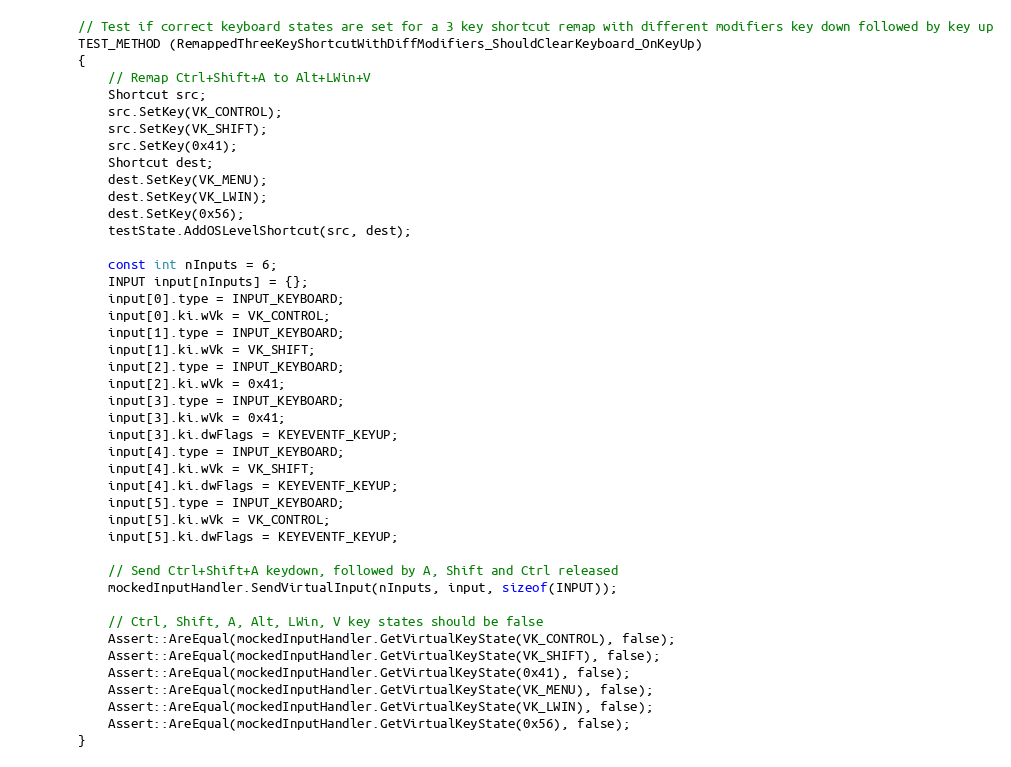
Language: C++
        // Test if correct keyboard states are set for a 3 key shortcut remap with different modifiers key down followed by key up
        TEST_METHOD (RemappedThreeKeyShortcutWithDiffModifiers_ShouldClearKeyboard_OnKeyUp)
        {
            // Remap Ctrl+Shift+A to Alt+LWin+V
            Shortcut src;
            src.SetKey(VK_CONTROL);
            src.SetKey(VK_SHIFT);
            src.SetKey(0x41);
            Shortcut dest;
            dest.SetKey(VK_MENU);
            dest.SetKey(VK_LWIN);
            dest.SetKey(0x56);
            testState.AddOSLevelShortcut(src, dest);

            const int nInputs = 6;
            INPUT input[nInputs] = {};
            input[0].type = INPUT_KEYBOARD;
            input[0].ki.wVk = VK_CONTROL;
            input[1].type = INPUT_KEYBOARD;
            input[1].ki.wVk = VK_SHIFT;
            input[2].type = INPUT_KEYBOARD;
            input[2].ki.wVk = 0x41;
            input[3].type = INPUT_KEYBOARD;
            input[3].ki.wVk = 0x41;
            input[3].ki.dwFlags = KEYEVENTF_KEYUP;
            input[4].type = INPUT_KEYBOARD;
            input[4].ki.wVk = VK_SHIFT;
            input[4].ki.dwFlags = KEYEVENTF_KEYUP;
            input[5].type = INPUT_KEYBOARD;
            input[5].ki.wVk = VK_CONTROL;
            input[5].ki.dwFlags = KEYEVENTF_KEYUP;

            // Send Ctrl+Shift+A keydown, followed by A, Shift and Ctrl released
            mockedInputHandler.SendVirtualInput(nInputs, input, sizeof(INPUT));

            // Ctrl, Shift, A, Alt, LWin, V key states should be false
            Assert::AreEqual(mockedInputHandler.GetVirtualKeyState(VK_CONTROL), false);
            Assert::AreEqual(mockedInputHandler.GetVirtualKeyState(VK_SHIFT), false);
            Assert::AreEqual(mockedInputHandler.GetVirtualKeyState(0x41), false);
            Assert::AreEqual(mockedInputHandler.GetVirtualKeyState(VK_MENU), false);
            Assert::AreEqual(mockedInputHandler.GetVirtualKeyState(VK_LWIN), false);
            Assert::AreEqual(mockedInputHandler.GetVirtualKeyState(0x56), false);
        }